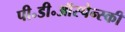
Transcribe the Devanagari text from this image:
पी॰डी॰ऑस्पेन्स्की